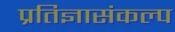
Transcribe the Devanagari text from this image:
प्रतिज्ञासंकल्प